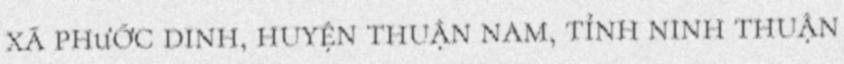
xã phước dinh, huyện thuận nam, tỉnh ninh thuận